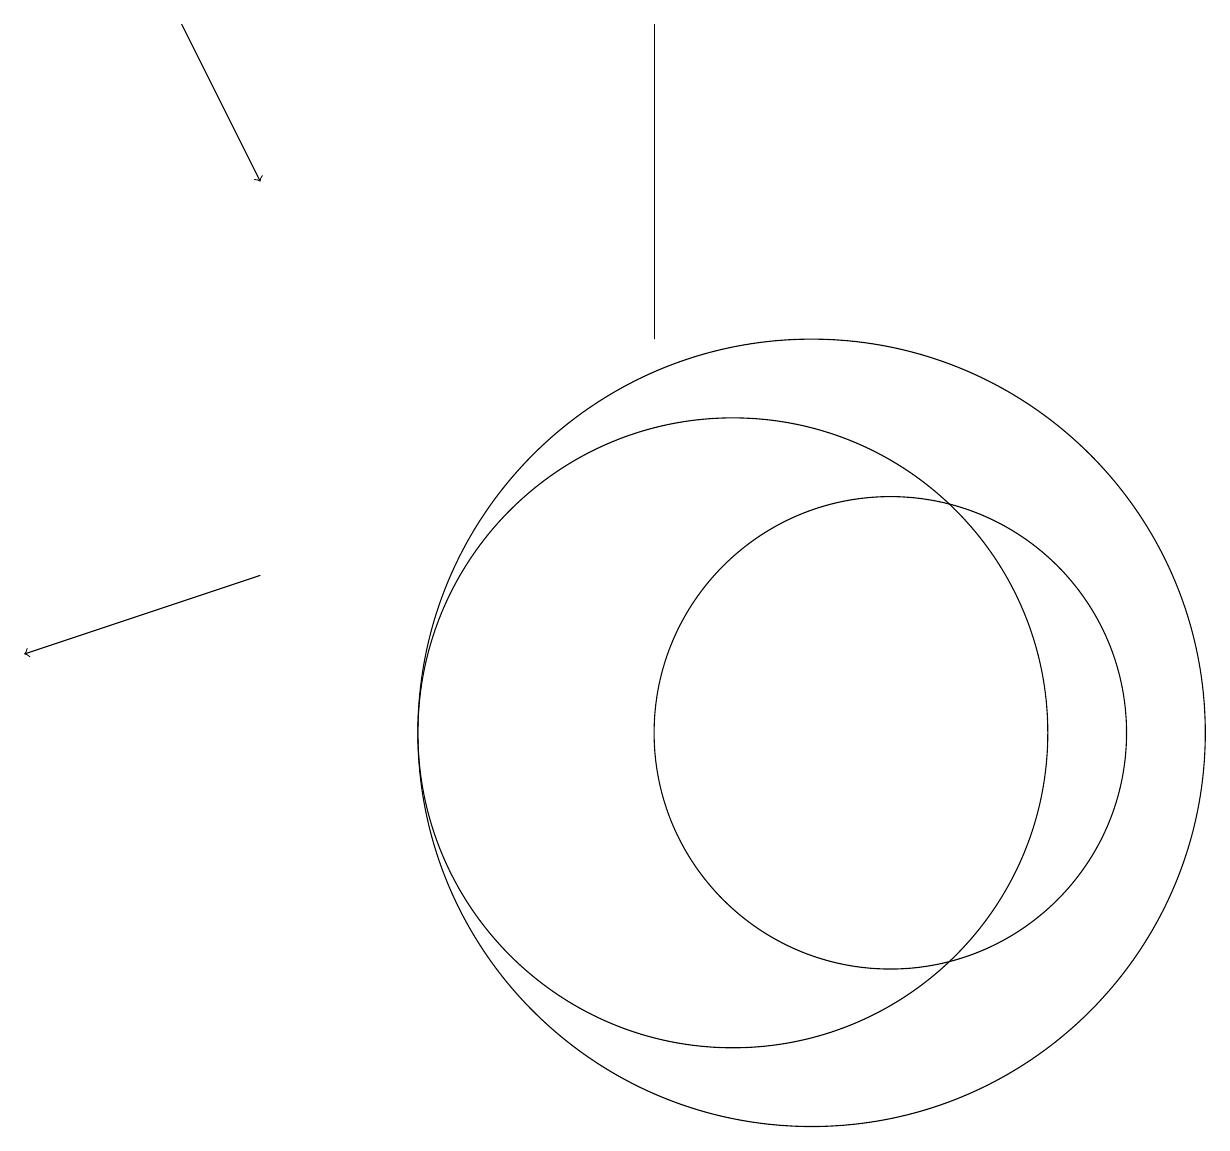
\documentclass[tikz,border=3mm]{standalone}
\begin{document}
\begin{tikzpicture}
\draw (9,19) rectangle (9,15);
\draw[->] (3,19) -- (4,17);
\draw (12,10) circle (3);
\draw[->] (4,12) -- (1,11);
\draw (10,10) circle (4);
\draw (11,10) circle (5);
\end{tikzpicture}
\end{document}